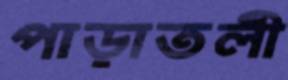
পাড়াতলী